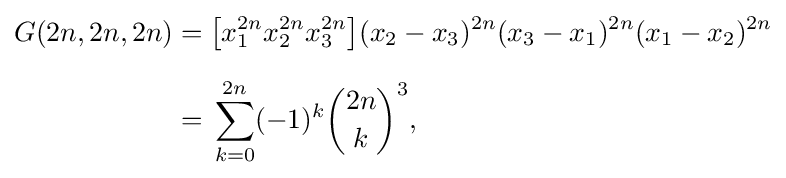
{\begin{aligned}G(2n,2n,2n)&={\bigl [}x_{1}^{2n}x_{2}^{2n}x_{3}^{2n}{\bigl ]}(x_{2}-x_{3})^{2n}(x_{3}-x_{1})^{2n}(x_{1}-x_{2})^{2n}\\[6pt]&=\,\sum _{k=0}^{2n}(-1)^{k}{\binom {2n}{k}}^{3},\end{aligned}}